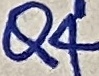
Text: Q4